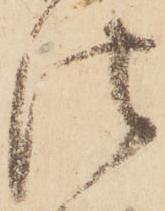
法